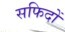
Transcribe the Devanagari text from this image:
सफिदों